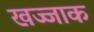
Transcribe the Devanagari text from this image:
खज्जाक